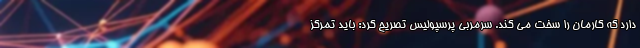
دارد که کارمان را سخت می کند. سرمربی پرسپولیس تصریح کرد: باید تمرکز